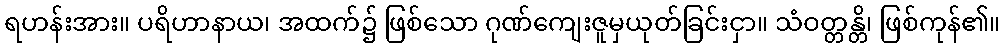
ရဟန်းအား။ ပရိဟာနာယ၊ အထက်၌ ဖြစ်သော ဂုဏ်ကျေးဇူမှယုတ်ခြင်းငှာ။ သံဝတ္တန္တိ၊ ဖြစ်ကုန်၏။